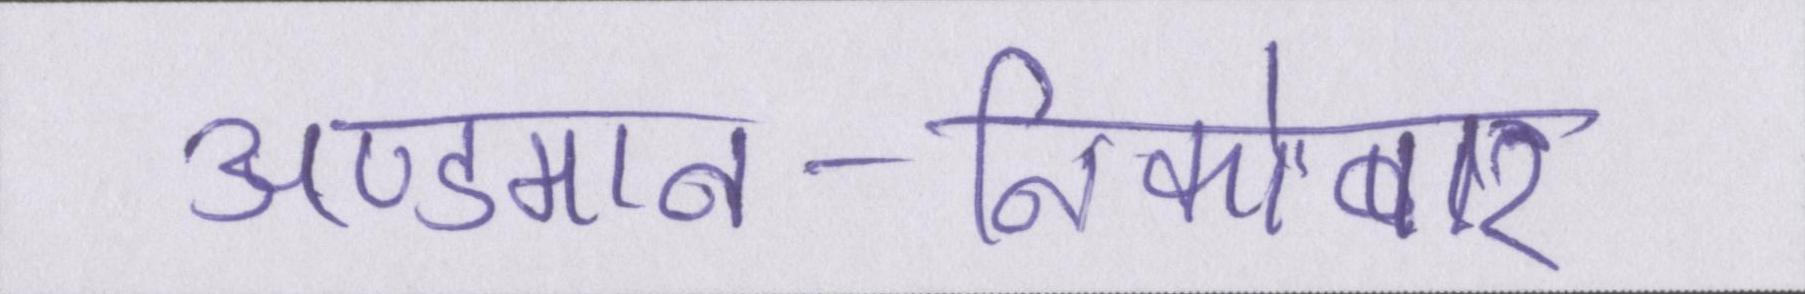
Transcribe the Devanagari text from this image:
अण्डमान-निकोबार